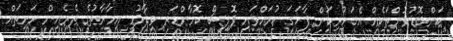
ކަންބޮޑުވުންތަކެއް އެބަހުރިކަން ފާހަގަ ކުރައްވައި ޕޮލިސް ކޮމާންޑަރ ވިދާޅުވީ އިމާރާތުގެ ތެރެއިން ހަށިތައް